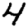
Digit: 4